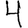
Digit: 4